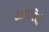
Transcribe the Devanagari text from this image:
सोनारियो